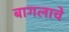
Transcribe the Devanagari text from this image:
बागलाचे